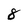
Character: 8